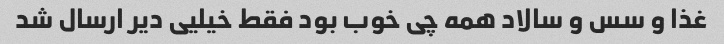
غذا و سس و سالاد همه چی خوب بود فقط خیلیی دیر ارسال شد